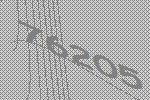
76205